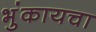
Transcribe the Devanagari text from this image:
भुंकायचा